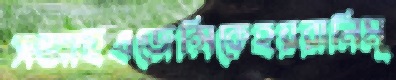
সজাইএজেন্সিকেহয়রানিমূ